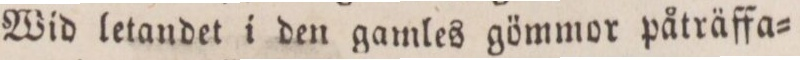
Wid letandet i den gamles gömmor påträffa=